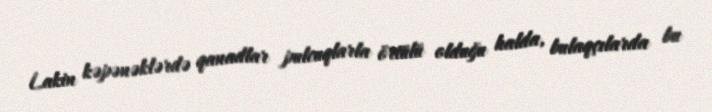
Lakin kəpənəklərdə qanadlar pulcuqlarla örtülü olduğu halda, bulaqçılarda bu